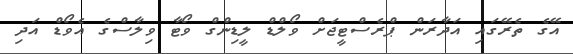
އޭގެ ތެރޭގައި އަދާރަން ޕްރެސްޓީޖަށް ވޯލްޑް ލީޑިންގް ވޯޓާ ވިލާސްގެ އެވޯޑް އަދި